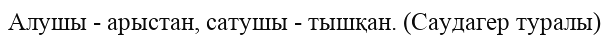
Алушы - арыстан, сатушы - тышқан. (Саудагер туралы)